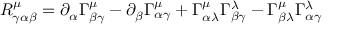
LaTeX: R _ { \gamma \alpha \beta } ^ { \mu } = \partial _ { \alpha } \Gamma _ { \beta \gamma } ^ { \mu } - \partial _ { \beta } \Gamma _ { \alpha \gamma } ^ { \mu } + \Gamma _ { \alpha \lambda } ^ { \mu } \Gamma _ { \beta \gamma } ^ { \lambda } - \Gamma _ { \beta \lambda } ^ { \mu } \Gamma _ { \alpha \gamma } ^ { \lambda }